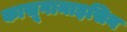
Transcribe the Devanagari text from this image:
कासूगामाइसिन